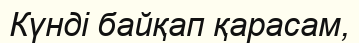
Күнді байқап қарасам,